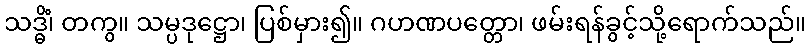
သဒ္ဓိံ၊ တကွ။ သမ္ပဒုဋ္ဌော၊ ပြစ်မှား၍။ ဂဟဏပတ္တော၊ ဖမ်းရန်ခွင့်သို့ရောက်သည်။